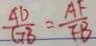
\frac { A D } { G B } = \frac { A F } { F B }